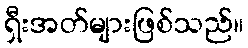
ရှီးအတ်များဖြစ်သည်။